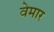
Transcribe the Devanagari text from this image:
वेमार